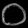
Digit: ၀